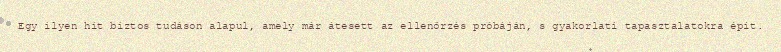
Egy ilyen hit biztos tudáson alapul, amely már átesett az ellenőrzés próbáján, s gyakorlati tapasztalatokra épít.